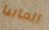
المانيا